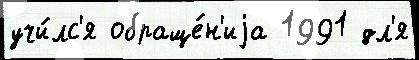
учи́лс'я обраще́н'иjа 1991 дл'я